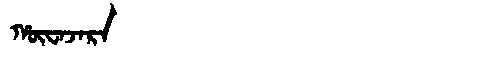
Manchu: ᡥᡡᠸᠠᠵᠠᡵᠠ
Romanization: HŪWAJARA